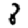
Digit: 8